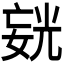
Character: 𪦍